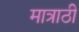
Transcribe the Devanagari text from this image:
मात्राठी